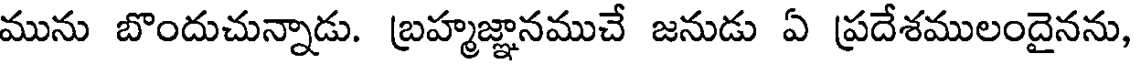
మును బొందుచున్నాడు. బ్రహ్మజ్ఞానముచే జనుడు ఏ ప్రదేశములందైనను,